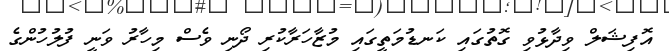
އޮފިޝަލް ވިދާޅުވި ގޮތުގައި ކަނޑުމަތީގައި މުޒާހަރާކުރި ދޯނި ވެސް މިހާރު ވަނީ ފުލުހުންގެ